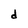
Character: d